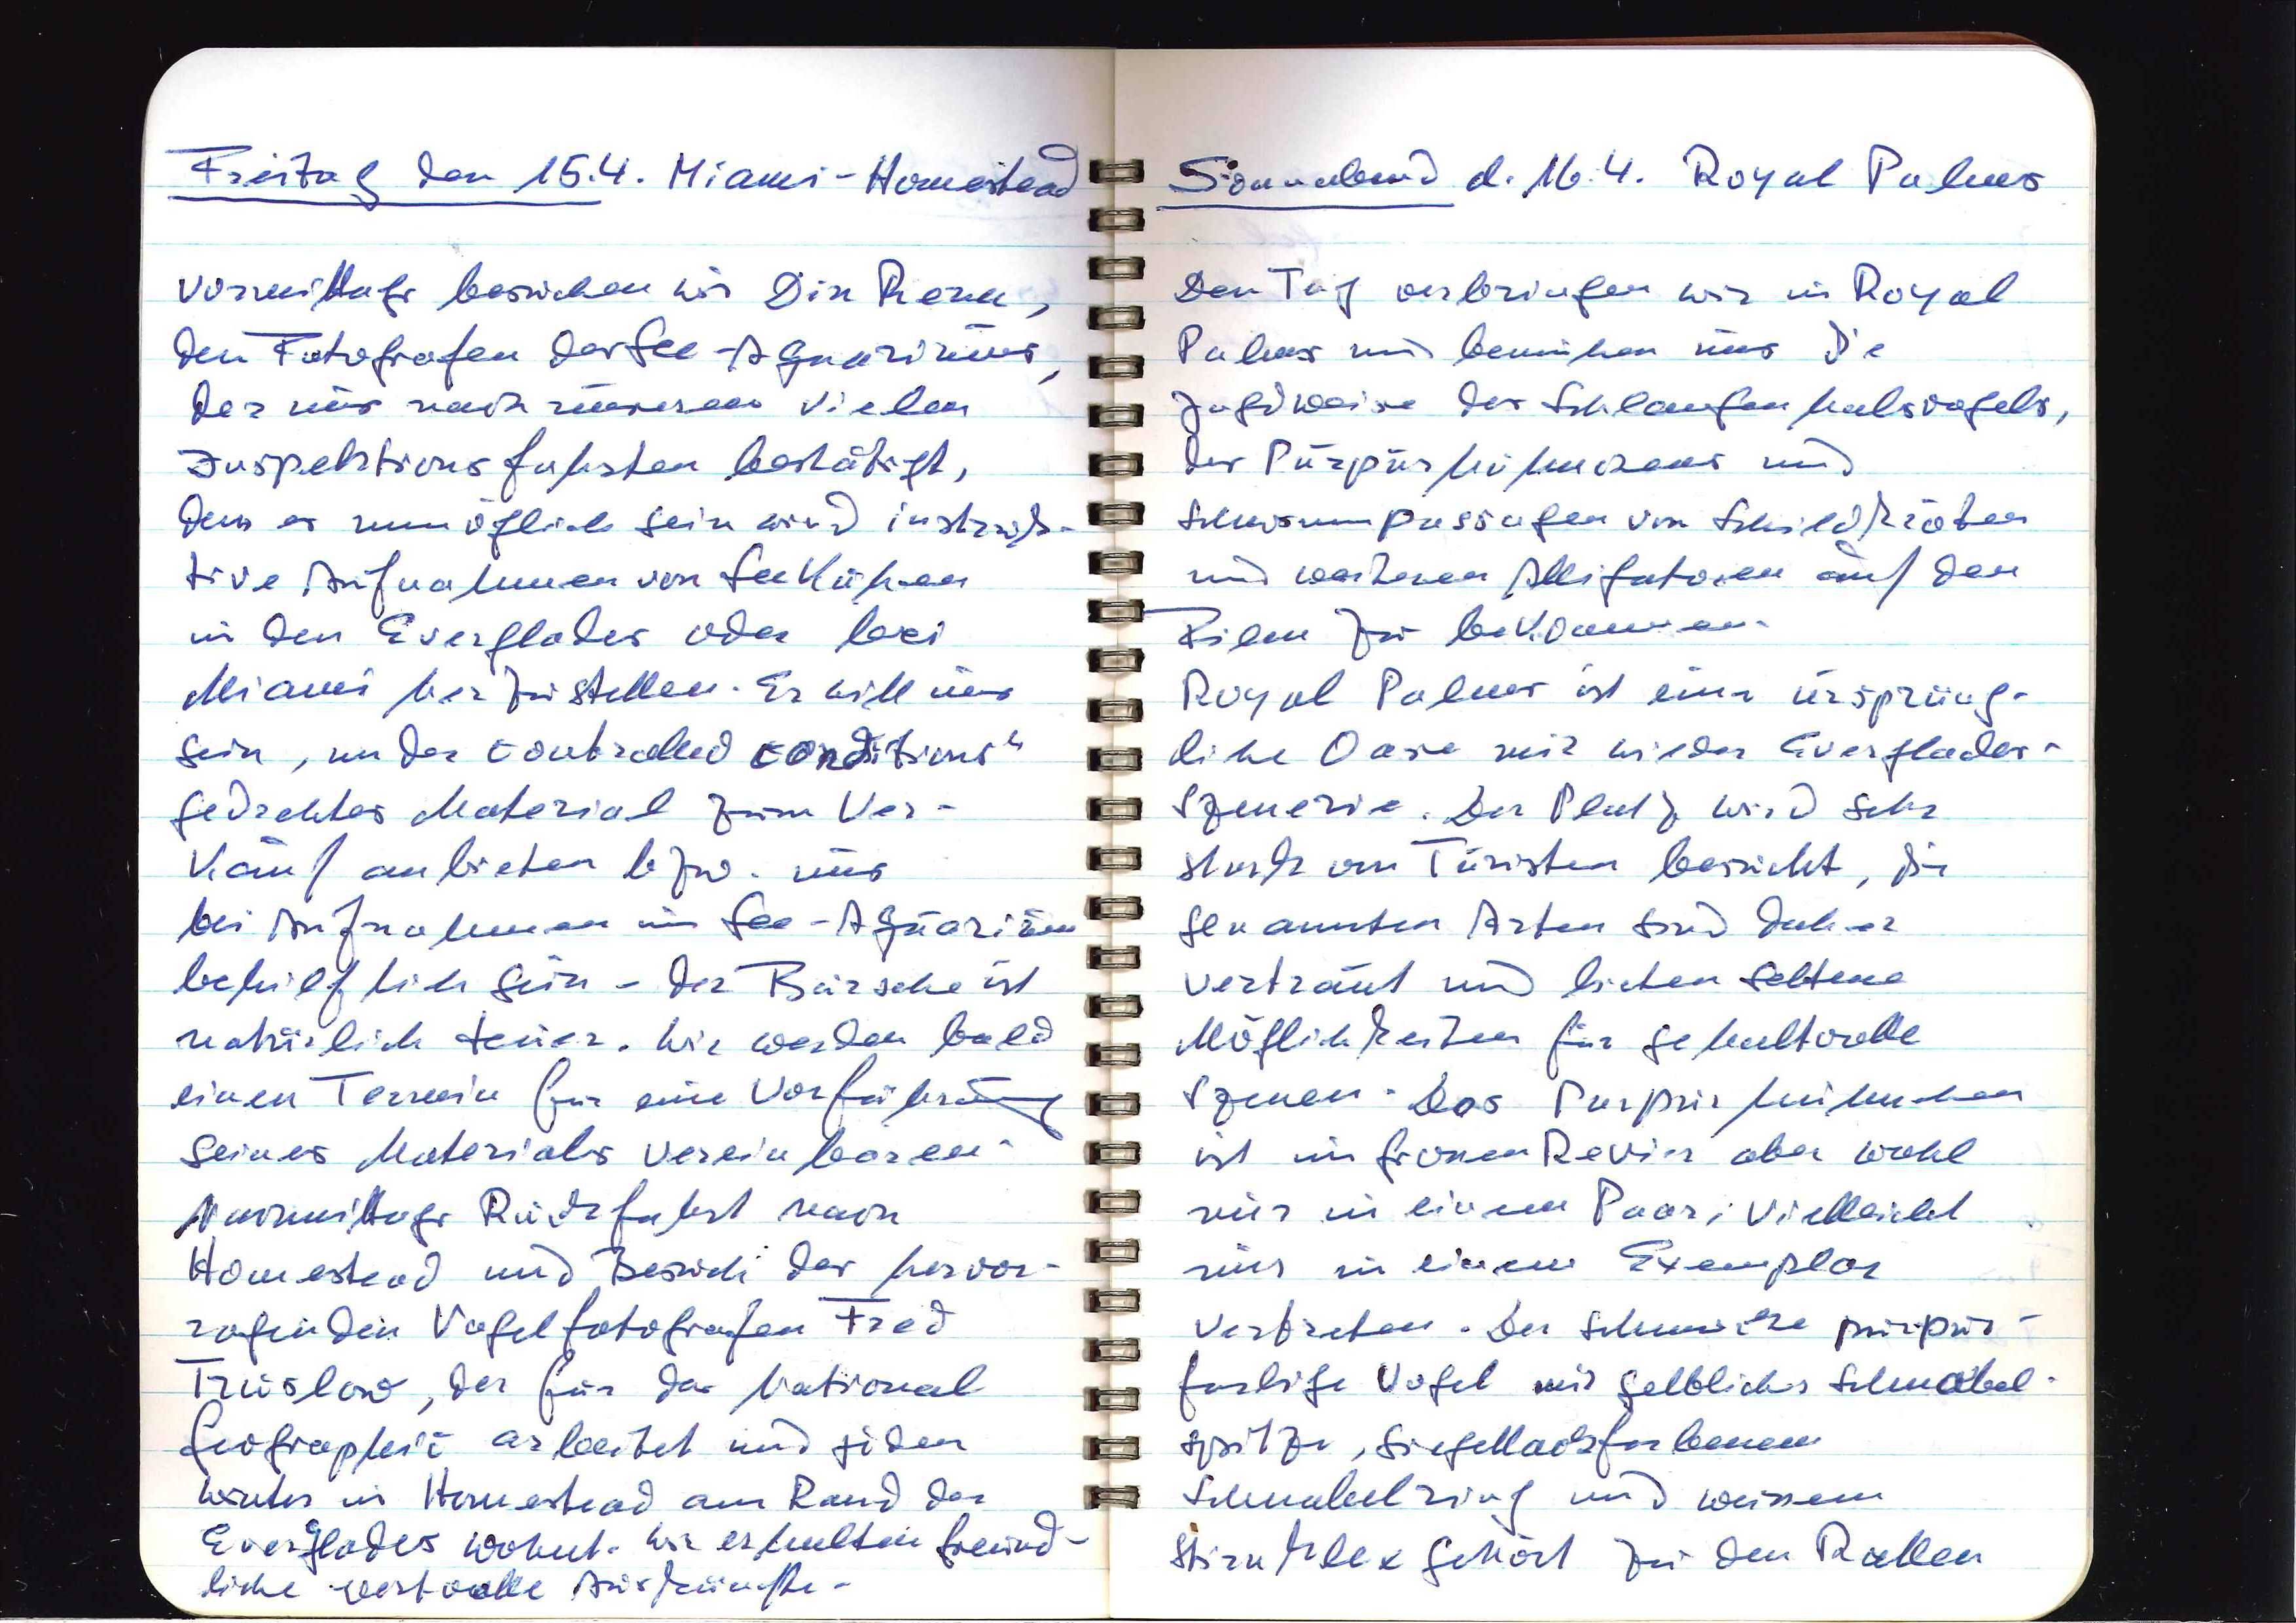
Freitag den 15.4. Miami — Homestead
Vormittags besuchen wir Din Reza,
den Fotografen des See-Aquariums,
der uns nach unseren vielen
Inspektionsfahrten bestätigt,
dass es unmöglich sein wird instink¬
tive Aufnahmen von Seekühen
in den Everglades oder bei
Miami herzustellen. Er will uns
sein, under controlled conditions"
gedrehtes Material zum Ver¬
kauf anbieten bzw. uns
bei Aufnahmen im See-Aquarium
behilflich sein — der Bursche ist
natürlich teuer. Wir werden bald
einen Termin für eine Vorführung
seines Materials vereinbaren.
Nachmittags Rückfahrt nach
Homestead und Besuch des hervor¬
ragenden Vogelfotografen Fred
Truslow, der für das National
Geographic arbeitet und jeden
Winter in Homestead am Rand der
Everglades wohnt. Wir erhalten freund¬
liche wertvolle Auskünfte.

Sonnabend d. 16.4. Royal Palms
Den Tag verbringen wir in Royal
Palms und bemühen uns die
Jagdweise des Schlangenhalsvogels,
des Purpurhähnchens und
Schwimmpassagen von Schildkröten
und weiteren Alligatoren auf den
Film zu bekommen.
Royal Palms ist eine ursprüng¬
liche Oase mit wilder Everglades¬
Szenerie. Der Platz wird sehr
stark von Turisten besucht, die
genannten Arten sind damit
vertraut und bieten seltene
Möglichkeiten für gehaltvolle
Szenen. Das Purpurhähnchen
ist im grossen Revier aber wohl
nur in einem Paar, vielleicht
nur in einem Exemplar
vertreten. Der schwarze purpur¬
farbige Vogel mit gelblicher Schnabel¬
spitze, siegellackfarbenem
Schnabelring und weissem
Stirnklex gehört zu den Rallen